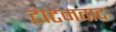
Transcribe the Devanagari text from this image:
टाटमवाद